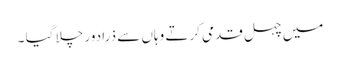
میں چہل قدمی کرتے وہاں سے ذرا دور چلا گیا ۔